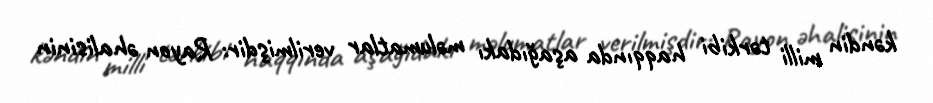
kəndin milli tərkibi haqqında aşağıdakı məlumatlar verilmişdir: Rayon əhalisinin